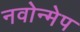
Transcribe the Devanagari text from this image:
नवोन्मेप